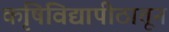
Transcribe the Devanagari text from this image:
कृषिविद्यापीठातून